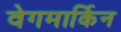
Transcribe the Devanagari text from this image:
वेगमार्किन